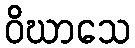
ဝိဃာသေ